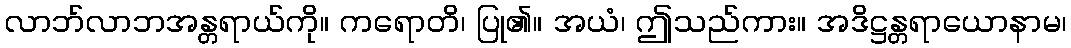
လာဘ်လာဘအန္တရာယ်ကို။ ကရောတိ၊ ပြု၏။ အယံ၊ ဤသည်ကား။ အဒိဋ္ဌန္တရာယောနာမ၊